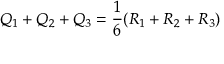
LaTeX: Q _ { 1 } + Q _ { 2 } + Q _ { 3 } = \frac { 1 } { 6 } ( R _ { 1 } + R _ { 2 } + R _ { 3 } )